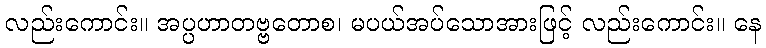
လည်းကောင်း။ အပ္ပဟာတဗ္ဗတောစ၊ မပယ်အပ်သောအားဖြင့် လည်းကောင်း။ နေ